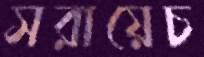
সরায়েচ